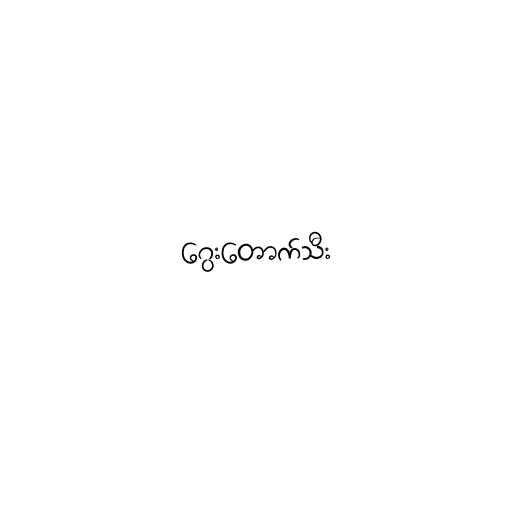
ဂွေးတောက်သီး